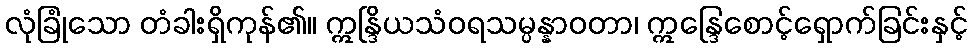
လုံခြုံသော တံခါးရှိကုန်၏။ ဣန္ဒြိယသံဝရသမ္ပန္နာဝတာ၊ ဣန္ဒြေစောင့်ရှောက်ခြင်းနှင့်